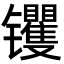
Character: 䦆